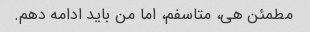
مطمئن هی، متاسفم، اما من باید ادامه دهم.